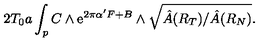
2 T _ { 0 } a \int _ { p } C \wedge \mathrm { e } ^ { 2 \pi \alpha ^ { \prime } F + B } \wedge \sqrt { \hat { A } ( R _ { T } ) / \hat { A } ( R _ { N } ) } .